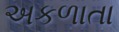
અકળાતા